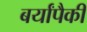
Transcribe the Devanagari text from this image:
बर्यांपैकी